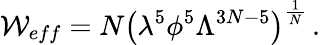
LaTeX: \mathcal{W}_{eff}=N\left(\lambda^{5}\phi^{5}\Lambda^{3N-5}\right)^{\frac{{1}}{{N}}}\, .